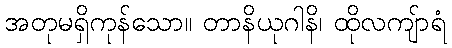
အတုမရှိကုန်သော။ တာနိယုဂါနိ၊ ထိုလကျ်ာရံ